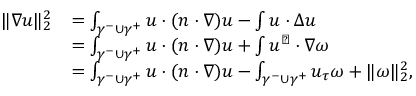
\begin{array} { r l } { \| \nabla u \| _ { 2 } ^ { 2 } } & { = \int _ { \gamma ^ { - } \cup \gamma ^ { + } } u \cdot ( n \cdot \nabla ) u - \int u \cdot \Delta u } \\ & { = \int _ { \gamma ^ { - } \cup \gamma ^ { + } } u \cdot ( n \cdot \nabla ) u + \int u ^ { \perp } \cdot \nabla \omega } \\ & { = \int _ { \gamma ^ { - } \cup \gamma ^ { + } } u \cdot ( n \cdot \nabla ) u - \int _ { \gamma ^ { - } \cup \gamma ^ { + } } u _ { \tau } \omega + \| \omega \| _ { 2 } ^ { 2 } , } \end{array}